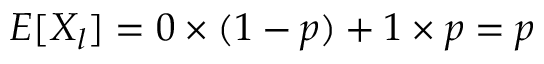
E [ X _ { l } ] = 0 \times ( 1 - p ) + 1 \times p = p